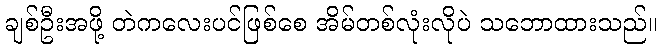
ချစ်ဦးအဖို့ တဲကလေးပင်ဖြစ်စေ အိမ်တစ်လုံးလိုပဲ သဘောထားသည်။